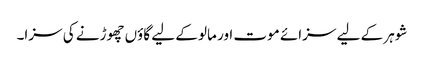
شوہر کے لیے سزائے موت اور مالو کے لیے گاؤں چھوڑنے کی سزا۔